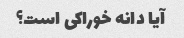
آیا دانه خوراکی است؟